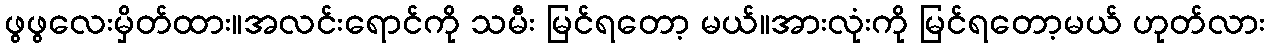
ဖွဖွလေးမှိတ်ထား။အလင်းရောင်ကို သမီး မြင်ရတော့ မယ်။အားလုံးကို မြင်ရတော့မယ် ဟုတ်လား